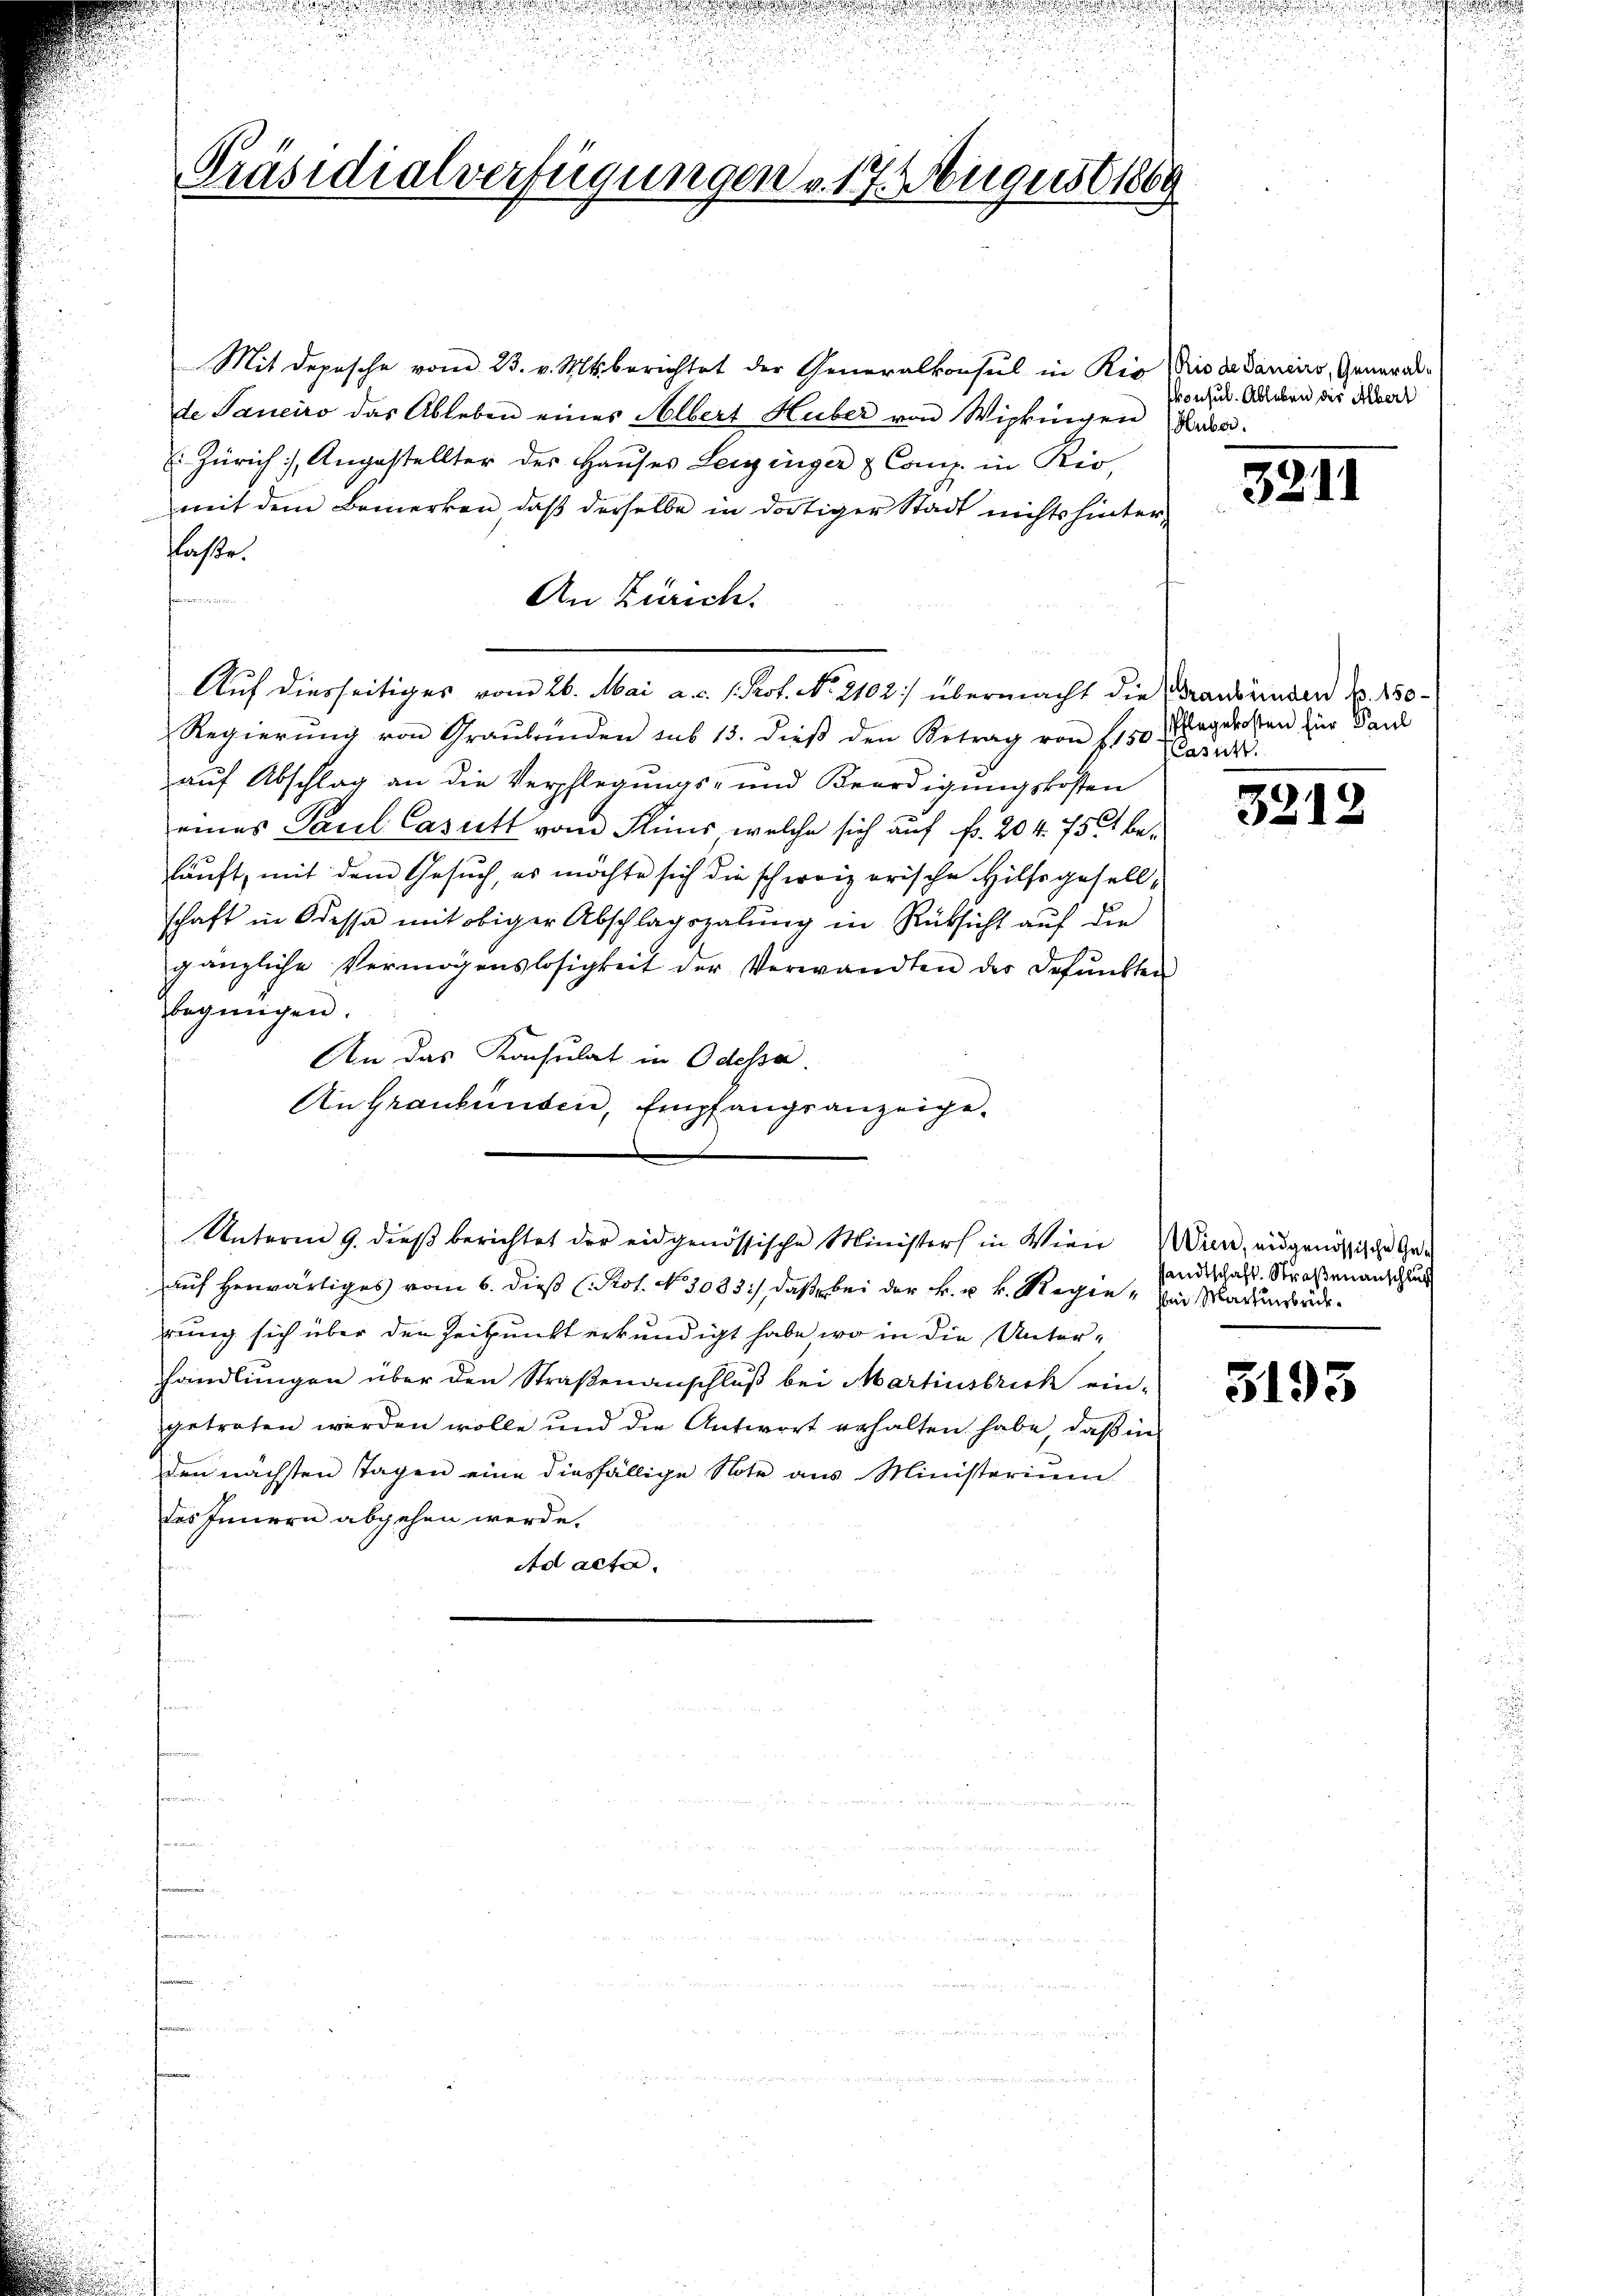
Präsidialverfügungen v. 17. August 1869

Auf diesseitiges vom 26. Mai a. c. 1. Prof. No. 2102) übermacht die Graubünden u. 150

Mit Depesche vom 23. v. Mts. berichtet der Generalkonsul in Rio dis dedaniers, General-
de Sanciro das Ableben eines Albert Huber von Wipkingen Base
 Zürich, Angestellter des Haŭses Leuzinger & Comp. in Kir-
mit dem Bemerken, daß derselbe in dortiger Stadt nichts hinter-
flasse.
An Zürich.
Regierŭng von Graubünden sub 15. dieβ den Betrag von 1150 Tagelosten zur Sand
auf Abschlag an die Verpflegungs- und Beerdigungskosten
eines Paul Casutt vom Flins, welche sich auf fr. 204. 756 beläuft, mit dem Gesuch, es möchte sich die schweizerische Hilfsgesell-
schaft in Odessa mit obiger Abschlagszahlung in Rüksicht auf die
gänzliche Vermögenslosigkeit der Verwandten der defunkten
egnügen.
An das Konsulat in Odessa
An Graubünden, Empfangsanzeige¬
Unterm 9. dieß berichtet der eidgenössische Ministers in Wien Wien, ausgenössische Geda
Auf herwärtiges vom 6. dieß (Pot. No 1033), daß bei der k. u. v. Regie-Ein Marienordrung sich über den Zeitpunkt erkundigt habe, wo in die Unterhandlungen über den Straßenanschluß bei Martinstrick ein-
getreten werden wolle und die Antwort erhalten habe, daß in
den nächsten Tagen eine diesfällige Note aus Ministerium
des Innern abgehen werde.
ad acta.

konsult. Ableben der Albert

3211

Casutt.

3212

sandtschaft. Straßenanschluß

3193